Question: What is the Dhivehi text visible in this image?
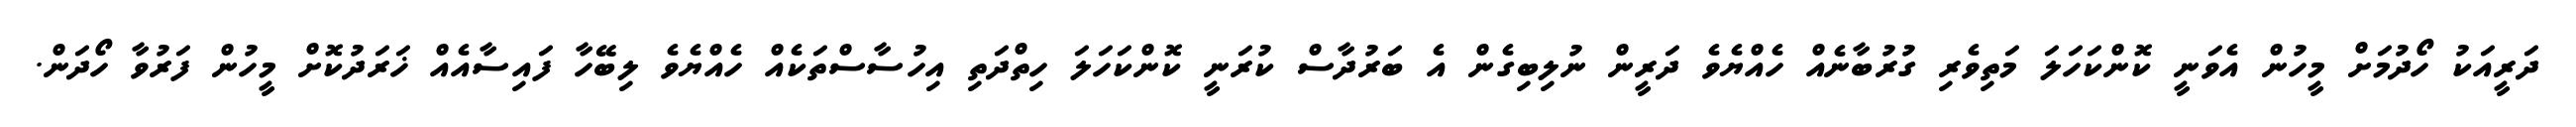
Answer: ދަރީއަކު ހޯދުމަށް މީހުން އެވަނީ ކޮންކަހަލަ މަތިވެރި ގުރުބާނެއް ހެއްޔެވެ ދަރީން ނުލިބިގެން އެ ބަރުދާސް ކުރަނީ ކޮންކަހަލަ ހިތްދަތި އިހުސާސްތަކެއް ހެއްޔެވެ ލިބޭހާ ފައިސާއެއް ޚަރަދުކޮށް މީހުން ފަރުވާ ހޯދަން.